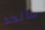
سأتخذ